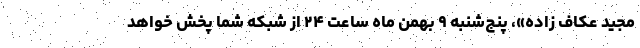
مجید عکاف زاده»، پنج‌شنبه ۹ بهمن ماه ساعت ۲۴ از شبکه شما پخش خواهد